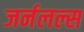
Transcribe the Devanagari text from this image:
जर्नलल्स